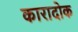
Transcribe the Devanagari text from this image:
कारादोक